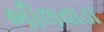
ભીલવાડા